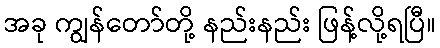
အခု ကျွန်တော်တို့ နည်းနည်း ဖြန့်လို့ရပြီ။